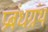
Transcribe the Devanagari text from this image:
प्रबंधग्रंथ